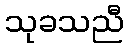
သုခသညီ